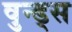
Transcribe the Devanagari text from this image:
वुन्ड्स